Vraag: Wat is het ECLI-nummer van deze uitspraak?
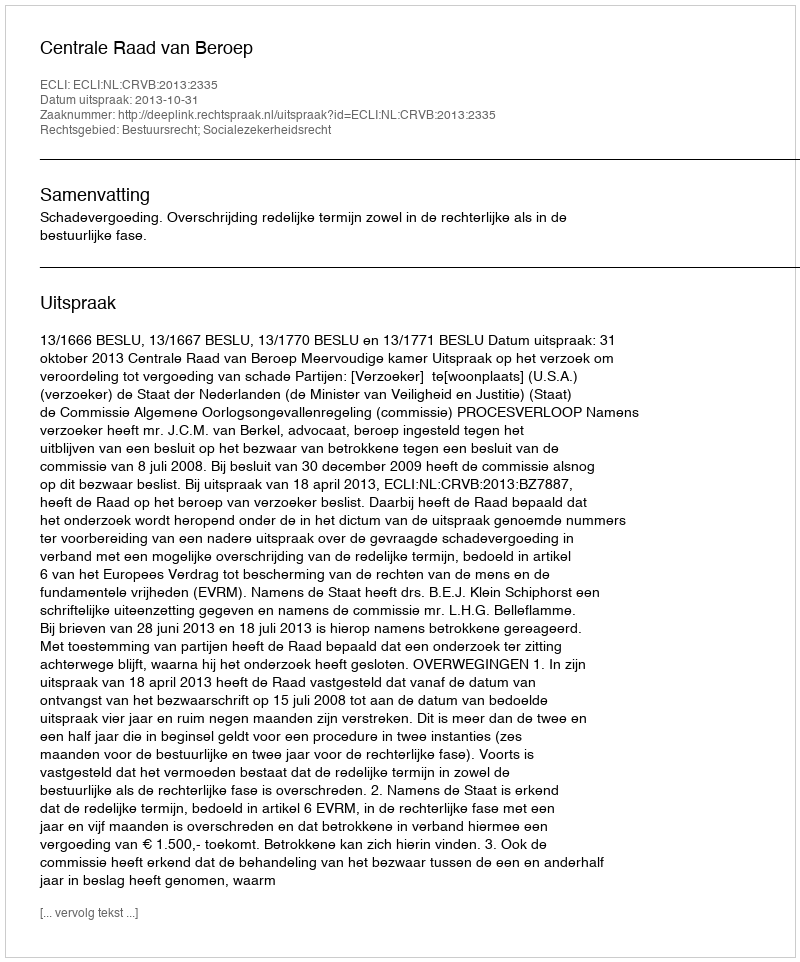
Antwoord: ECLI:NL:CRVB:2013:2335